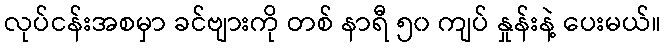
လုပ်ငန်းအစမှာ ခင်ဗျားကို တစ် နာရီ ၅၀ ကျပ် နှုန်းနဲ့ ပေးမယ်။